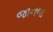
જાનબા